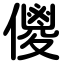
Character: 儍